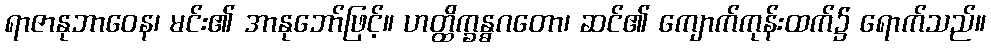
ရာဇာနုဘာဝေန၊ မင်း၏ အာနုဘော်ဖြင့်။ ဟတ္ထိက္ခန္ဓဂတော၊ ဆင်၏ ကျောက်ကုန်းထက်၌ ရောက်သည်။